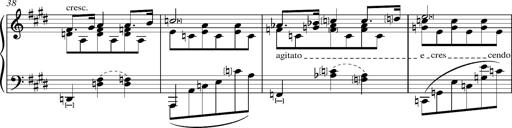
Title: Madrigal
Composer: Lucien Wurmser
Key: A major